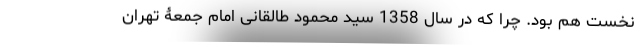
نخست هم بود. چرا که در سال 1358 سید محمود طالقانی امام جمعۀ تهران